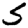
Digit: 5